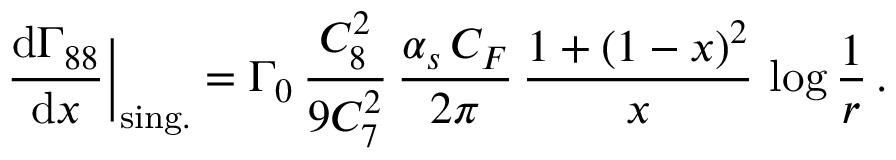
{ \frac { \mathrm { d } \Gamma _ { 8 8 } } { \mathrm { d } x } } \bigg | _ { \mathrm { s i n g . } } = \Gamma _ { 0 } \, { \frac { C _ { 8 } ^ { 2 } } { 9 C _ { 7 } ^ { 2 } } } \, { \frac { \alpha _ { s } \, C _ { F } } { 2 \pi } } \, { \frac { 1 + ( 1 - x ) ^ { 2 } } { x } } \, \log { \frac { 1 } { r } } \, .